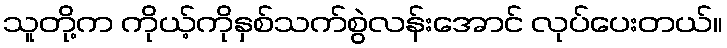
သူတို့က ကိုယ့်ကိုနှစ်သက်စွဲလန်းအောင် လုပ်ပေးတယ်။